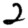
Digit: 2